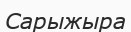
Сарыжыра